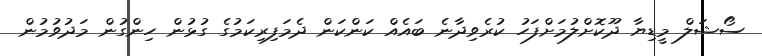
ސޯޝަލް މީޑިޔާ ދޫކޮށްލުމަށްފަހު ކުރެވިދާނެ ބައެއް ކަންކަން ދެމަފިރިކަމުގެ ގުޅުން ހިންގުން މަދުވުމުން